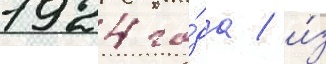
1924 го́да / и́з